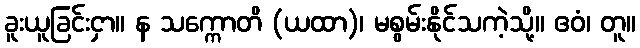
ခူးယူခြင်းငှာ။ န သက္ကောတိ (ယထာ)၊ မစွမ်းနိုင်သကဲ့သို့။ ဧဝံ၊ တူ။